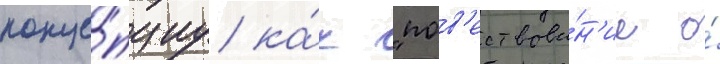
конце́пциу ка́к "пов'ествова́н'ие о́